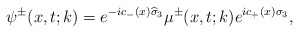
\begin{align*}\psi^\pm(x,t;k)=e^{-ic_-(x)\widehat{\sigma}_3}\mu^\pm(x,t;k)e^{ic_+(x)\sigma_3},\end{align*}